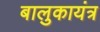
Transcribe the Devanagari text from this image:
बालुकायंत्र